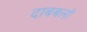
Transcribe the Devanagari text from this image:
दाबबलों